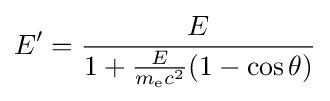
E^{\prime }={\frac {E}{1+{\frac {E}{m_{\text{e}}c^{2}}}(1-\cos \theta )}}